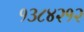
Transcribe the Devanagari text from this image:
१३८४२१२